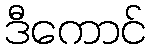
ဒီကောင်